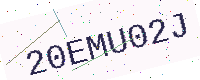
Text: 20EMU02J